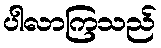
ပါလာကြသည်